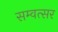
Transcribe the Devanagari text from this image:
सम्वत्सर